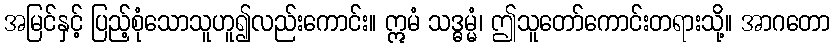
အမြင်နှင့် ပြည့်စုံသောသူဟူ၍လည်းကောင်း။ ဣမံ သဒ္ဓမ္မံ၊ ဤသူတော်ကောင်းတရားသို့။ အာဂတော